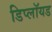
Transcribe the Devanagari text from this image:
डिप्लॉयड